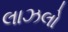
લાઝલો